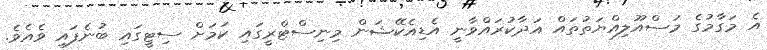
އެ މަގާމުގެ މަސްއޫލިއްޔަތުތައް އަދާކުރައްވާނީ އެޑިއެކޭޝަން މިނިސްޓްރީގައި ކަމަށް ސިޓީގައި ބުނެފައި ވެއެވެ.